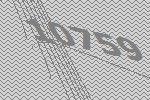
10759